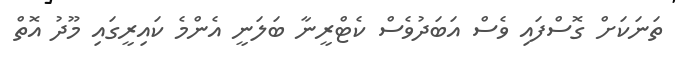
ތަނަކަށް ގޮސްފައި ވެސް އަބަދުވެސް ކެޓްރީނާ ބަލަނީ އެންމެ ކައިރީގައި މޫދު އޮތް